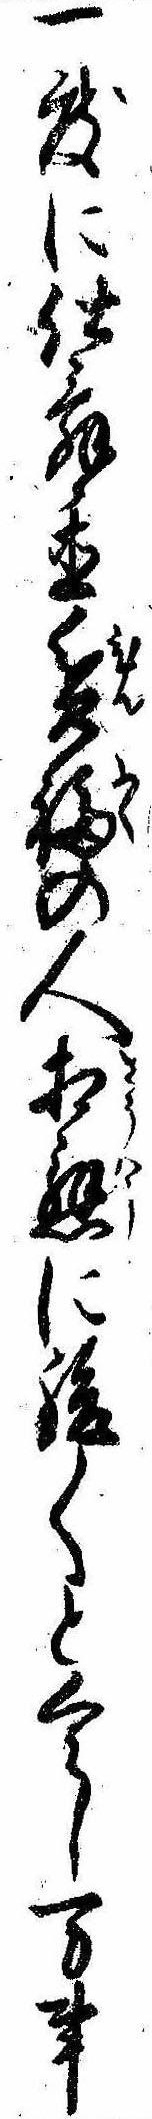
一度に仕舞置貧福の人相応に緩〱とくらし万事